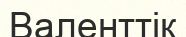
Валенттік